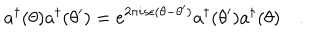
a ^ { \dagger } ( \theta ) a ^ { \dagger } ( \theta ^ { \prime } ) = e ^ { 2 \pi i s \epsilon ( \theta - \theta ^ { \prime } ) } a ^ { \dagger } ( \theta ^ { \prime } ) a ^ { \dagger } ( \theta ) \quad .